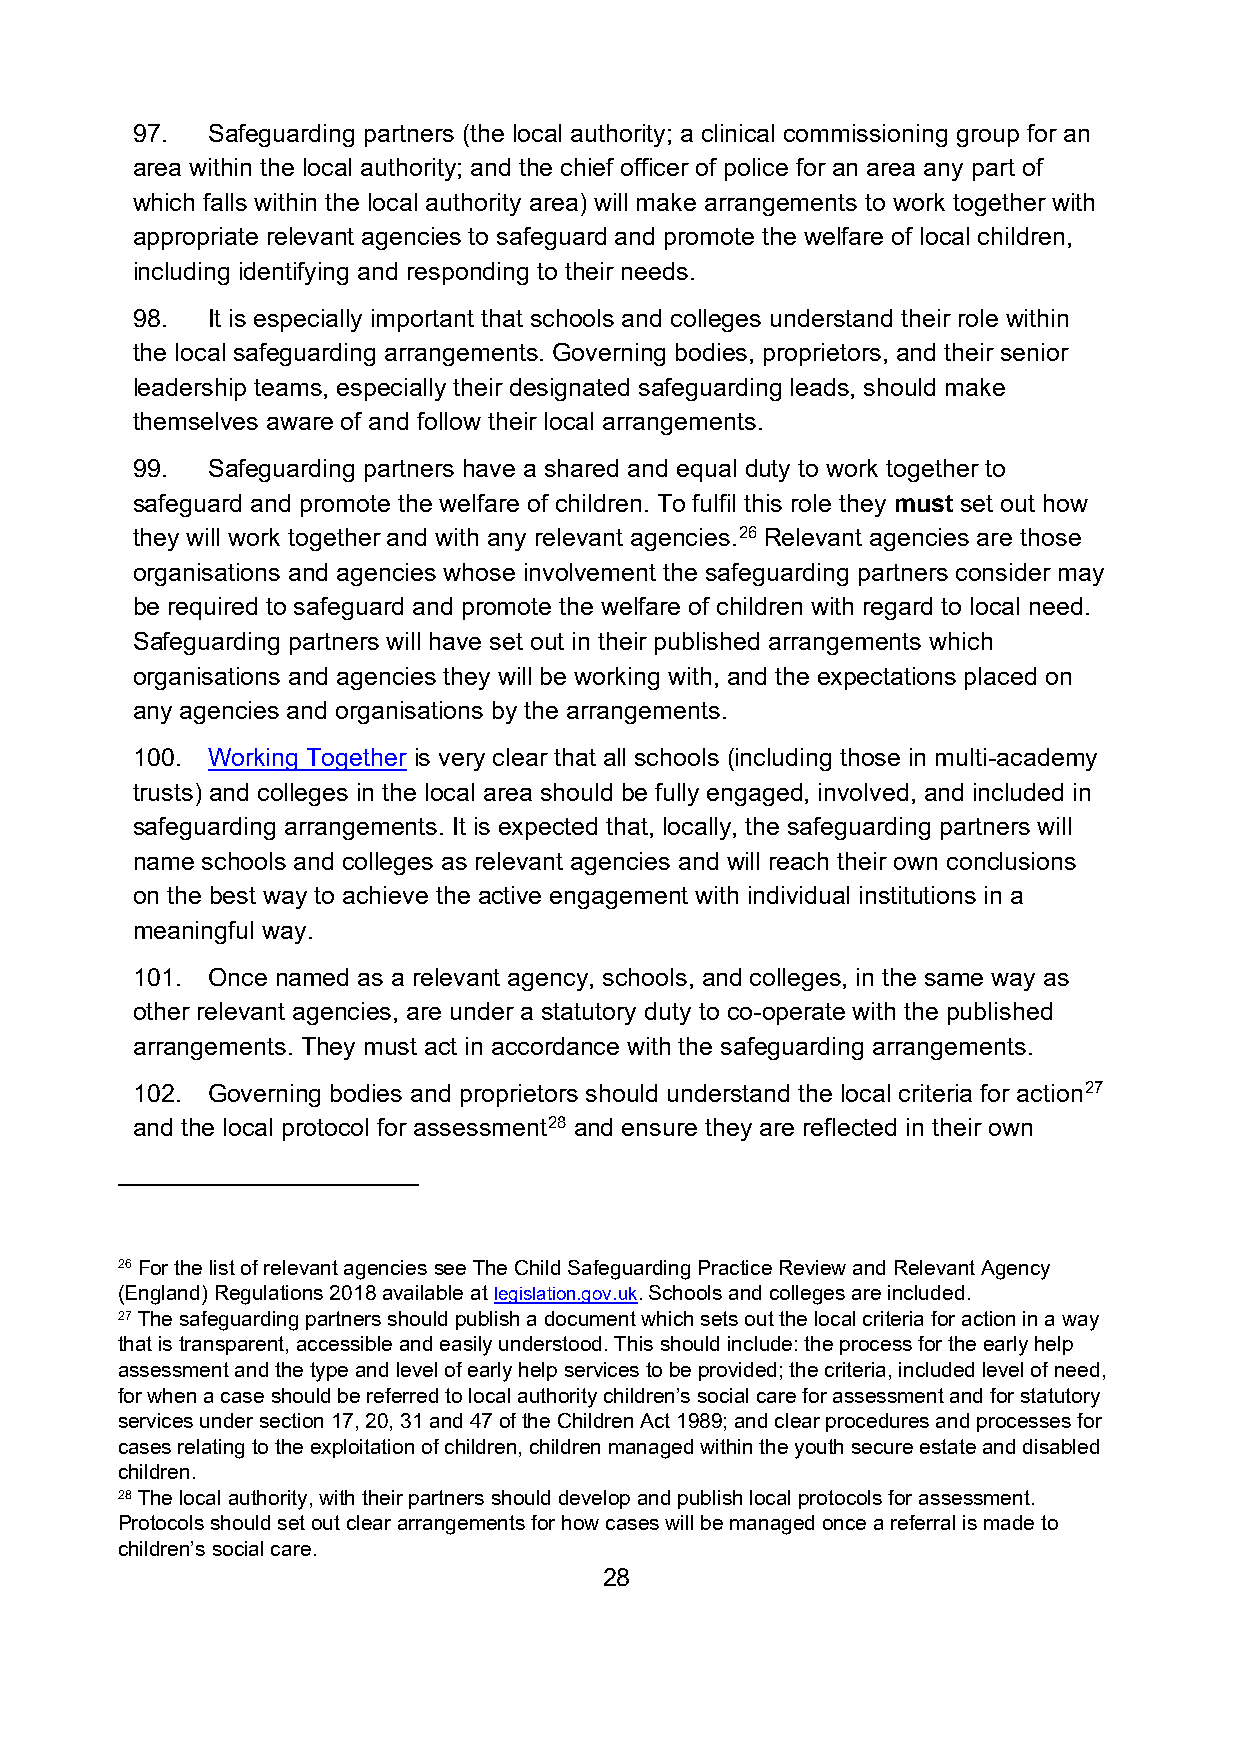
97.  Safeguarding partners (the local authority; a clinical commissioning group for an
 area within the local authority; and the chief officer of police for an area any part of
 which falls within the local authority area) will make arrangements to work together with
 appropriate relevant agencies to safeguard and promote the welfare of local children,
 including identifying and responding to their needs.
 98.  It is especially important that schools and colleges understand their role within
 the local safeguarding arrangements. Governing bodies, proprietors, and their senior
 leadership teams, especially their designated safeguarding leads, should make
 themselves aware of and follow their local arrangements.
 99.  Safeguarding partners have a shared and equal duty to work together to
 safeguard and promote the welfare of children. To fulfil this role they must set out how
 they will work together and with any relevant agencies.26 Relevant agencies are those
 organisations and agencies whose involvement the safeguarding partners consider may
 be required to safeguard and promote the welfare of children with regard to local need.
 Safeguarding partners will have set out in their published arrangements which
 organisations and agencies they will be working with, and the expectations placed on
 any agencies and organisations by the arrangements.
 100. Working Together is very clear that all schools (including those in multi-academy
 trusts) and colleges in the local area should be fully engaged, involved, and included in
 safeguarding arrangements. It is expected that, locally, the safeguarding partners will
 name schools and colleges as relevant agencies and will reach their own conclusions
 on the best way to achieve the active engagement with individual institutions in a
 meaningful way.
 101. Once named as a relevant agency, schools, and colleges, in the same way as
 other relevant agencies, are under a statutory duty to co-operate with the published
 arrangements. They must act in accordance with the safeguarding arrangements.
 102. Governing bodies and proprietors should understand the local criteria for action27
 and the local protocol for assessment28 and ensure they are reflected in their own
 26 For the list of relevant agencies see The Child Safeguarding Practice Review and Relevant Agency
 (England) Regulations 2018 available at legislation.gov.uk. Schools and colleges are included.
 27 The safeguarding partners should publish a document which sets out the local criteria for action in a way
 that is transparent, accessible and easily understood. This should include: the process for the early help
 assessment and the type and level of early help services to be provided; the criteria, included level of need,
 for when a case should be referred to local authority children’s social care for assessment and for statutory
 services under section 17, 20, 31 and 47 of the Children Act 1989; and clear procedures and processes for
 cases relating to the exploitation of children, children managed within the youth secure estate and disabled
 children.
 28 The local authority, with their partners should develop and publish local protocols for assessment.
 Protocols should set out clear arrangements for how cases will be managed once a referral is made to
 children’s social care.
 28